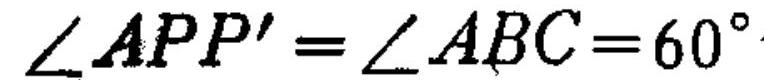
\(\angle APP'=\angle ABC = 60^{\circ}\)